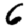
Digit: 6